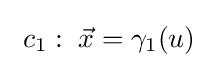
\ c_{1}:\;{\vec {x}}=\gamma _{1}(u)\